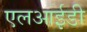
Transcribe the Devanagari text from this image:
एलआईडी